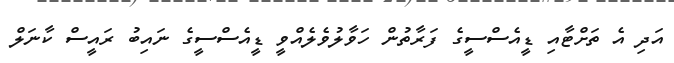
އަދި އެ ތަށްޓާއި ޑީއެސްސީގެ ފަރާތުން ހަވާލުވެލެއްވީ ޑީއެސްސީގެ ނައިބު ރައީސް ކާނަލް